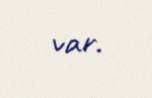
var.